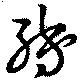
転